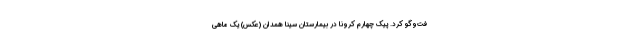
فت‌وگو کرد. پیک چهارم کرونا در بیمارستان سینا همدان (عکس) یک ماهی